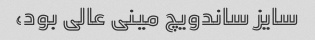
سایز ساندویچ مینی عالی بود،